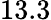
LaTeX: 13.3